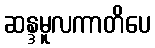
ဆန္ဒမူလကာတိပေ